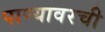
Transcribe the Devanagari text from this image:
पाण्यावरची